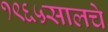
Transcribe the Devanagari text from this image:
१९६५सालचे